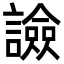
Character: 譣